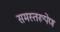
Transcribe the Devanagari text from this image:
समस्तरूपेण